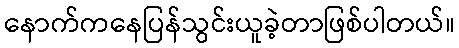
နောက်ကနေပြန်သွင်းယူခဲ့တာဖြစ်ပါတယ်။